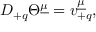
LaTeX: D _ { + q } \Theta ^ { \underline { { { \mu } } } } = v _ { + q } ^ { \underline { { { \mu } } } } ,